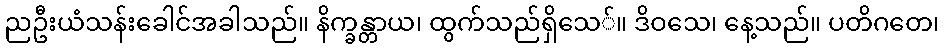
ညဦးယံသန်းခေါင်အခါသည်။ နိက္ခန္တာယ၊ ထွက်သည်ရှိသေ်။ ဒိဝသေ၊ နေ့သည်။ ပတိဂတေ၊